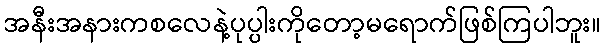
အနီးအနားကစလေနဲ့ပုပ္ပါးကိုတော့မရောက်ဖြစ်ကြပါဘူး။